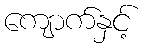
ကျောက်နှင့်